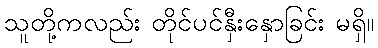
သူတို့ကလည်း တိုင်ပင်နှီးနှောခြင်း မရှိ။